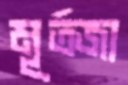
মূর্তজা